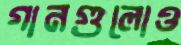
গানগুলোও